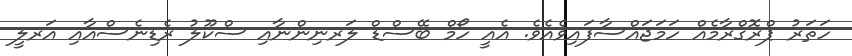
ހަތަރު ޕްރޮގްރާމެއް ހަމަޖައްސާފައިވެއެވެ. އެއީ ހޯމް ބޭސްޑް ލަރނިންނާއި ސްކޫލު ރެޑިނެސްއާއި އަރލީ